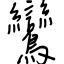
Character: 鸞